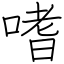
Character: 嗜